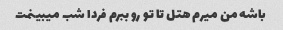
باشه من میرم هتل تا تو رو ببرم فردا شب میبینمت